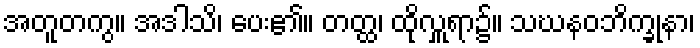
အတူတကွ။ အဒါသိ၊ ပေး၏။ တတ္ထ၊ ထိုလှူရာ၌။ သဃနဝဘိက္ခုနာ၊